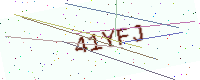
Text: 41YFJ